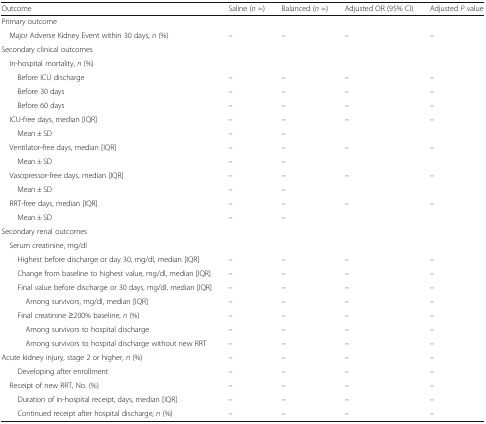
<table><thead><tr><td><b>Outcome</b></td><td><b>Saline (<i>n</i> =)</b></td><td><b>Balanced (<i>n</i> =)</b></td><td><b>Adjusted OR (95% CI)</b></td><td><b>Adjusted <i>P</i> value</b></td></tr></thead><tbody><tr><td colspan="5">Primary outcome</td></tr><tr><td> Major Adverse Kidney Event within 30 days, <i>n</i> (%)</td><td>–</td><td>–</td><td>–</td><td>–</td></tr><tr><td colspan="5">Secondary clinical outcomes</td></tr><tr><td colspan="5"> In-hospital mortality, <i>n</i> (%)</td></tr><tr><td>Before ICU discharge</td><td>–</td><td>–</td><td>–</td><td>–</td></tr><tr><td>Before 30 days</td><td>–</td><td>–</td><td>–</td><td>–</td></tr><tr><td>Before 60 days</td><td>–</td><td>–</td><td>–</td><td>–</td></tr><tr><td> ICU-free days, median [IQR]</td><td>–</td><td>–</td><td>–</td><td>–</td></tr><tr><td>Mean ± SD</td><td>–</td><td>–</td><td></td><td></td></tr><tr><td> Ventilator-free days, median [IQR]</td><td>–</td><td>–</td><td>–</td><td>–</td></tr><tr><td>Mean ± SD</td><td>–</td><td>–</td><td></td><td></td></tr><tr><td> Vasopressor-free days, median [IQR]</td><td>–</td><td>–</td><td>–</td><td>–</td></tr><tr><td>Mean ± SD</td><td>–</td><td>–</td><td></td><td></td></tr><tr><td> RRT-free days, median [IQR]</td><td>–</td><td>–</td><td>–</td><td>–</td></tr><tr><td>Mean ± SD</td><td>–</td><td>–</td><td></td><td></td></tr><tr><td colspan="5">Secondary renal outcomes</td></tr><tr><td colspan="5"> Serum creatinine, mg/dl</td></tr><tr><td>Highest before discharge or day 30, mg/dl, median [IQR]</td><td>–</td><td>–</td><td>–</td><td>–</td></tr><tr><td>Change from baseline to highest value, mg/dl, median [IQR]</td><td>–</td><td>–</td><td>–</td><td>–</td></tr><tr><td>Final value before discharge or 30 days, mg/dl, median [IQR]</td><td>–</td><td>–</td><td>–</td><td>–</td></tr><tr><td>Among survivors, mg/dl, median [IQR]</td><td>–</td><td>–</td><td>–</td><td>–</td></tr><tr><td>Final creatinine ≥200% baseline, <i>n</i> (%)</td><td>–</td><td>–</td><td>–</td><td>–</td></tr><tr><td>Among survivors to hospital discharge</td><td>–</td><td>–</td><td>–</td><td>–</td></tr><tr><td>Among survivors to hospital discharge without new RRT</td><td>–</td><td>–</td><td>–</td><td>–</td></tr><tr><td>Acute kidney injury, stage 2 or higher, <i>n</i> (%)</td><td>–</td><td>–</td><td>–</td><td>–</td></tr><tr><td>Developing after enrollment</td><td>–</td><td>–</td><td>–</td><td>–</td></tr><tr><td> Receipt of new RRT, No. (%)</td><td>–</td><td>–</td><td>–</td><td>–</td></tr><tr><td>Duration of in-hospital receipt, days, median [IQR]</td><td>–</td><td>–</td><td>–</td><td>–</td></tr><tr><td>Continued receipt after hospital discharge, <i>n</i> (%)</td><td>–</td><td>–</td><td>–</td><td>–</td></tr></tbody></table>